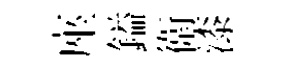
座鎰衛漆